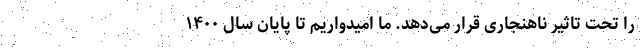
را تحت تاثیر ناهنجاری قرار می‌دهد. ما امیدواریم تا پایان سال ۱۴۰۰